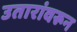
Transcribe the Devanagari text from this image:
उतारांवरून